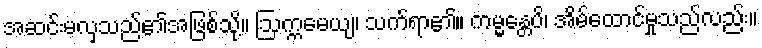
အဆင်းမလှသည်၏အဖြစ်သို့။ ဩက္ကမေယျ၊ သက်ရာ၏။ ကမ္မန္တေပိ၊ အိမ်ထောင်မှုသည်လည်း။